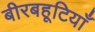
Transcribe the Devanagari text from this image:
बीरबहूटियाँ